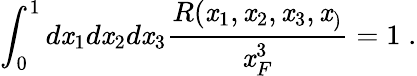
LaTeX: \int_{0}^{1}{d\mathit{x}_{1}d\mathit{x}_{2}d\mathit{x}_{3}\frac{{R(\mathit{x}_{1},\mathit{x}_{2},\mathit{x}_{3},\mathit{x}_{)}}}{{\mathit{x}_{F}^{3}}}}=1\; .